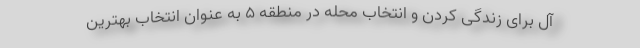
آل برای زندگی کردن و انتخاب محله در منطقه ۵ به عنوان انتخاب بهترین